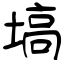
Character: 塙